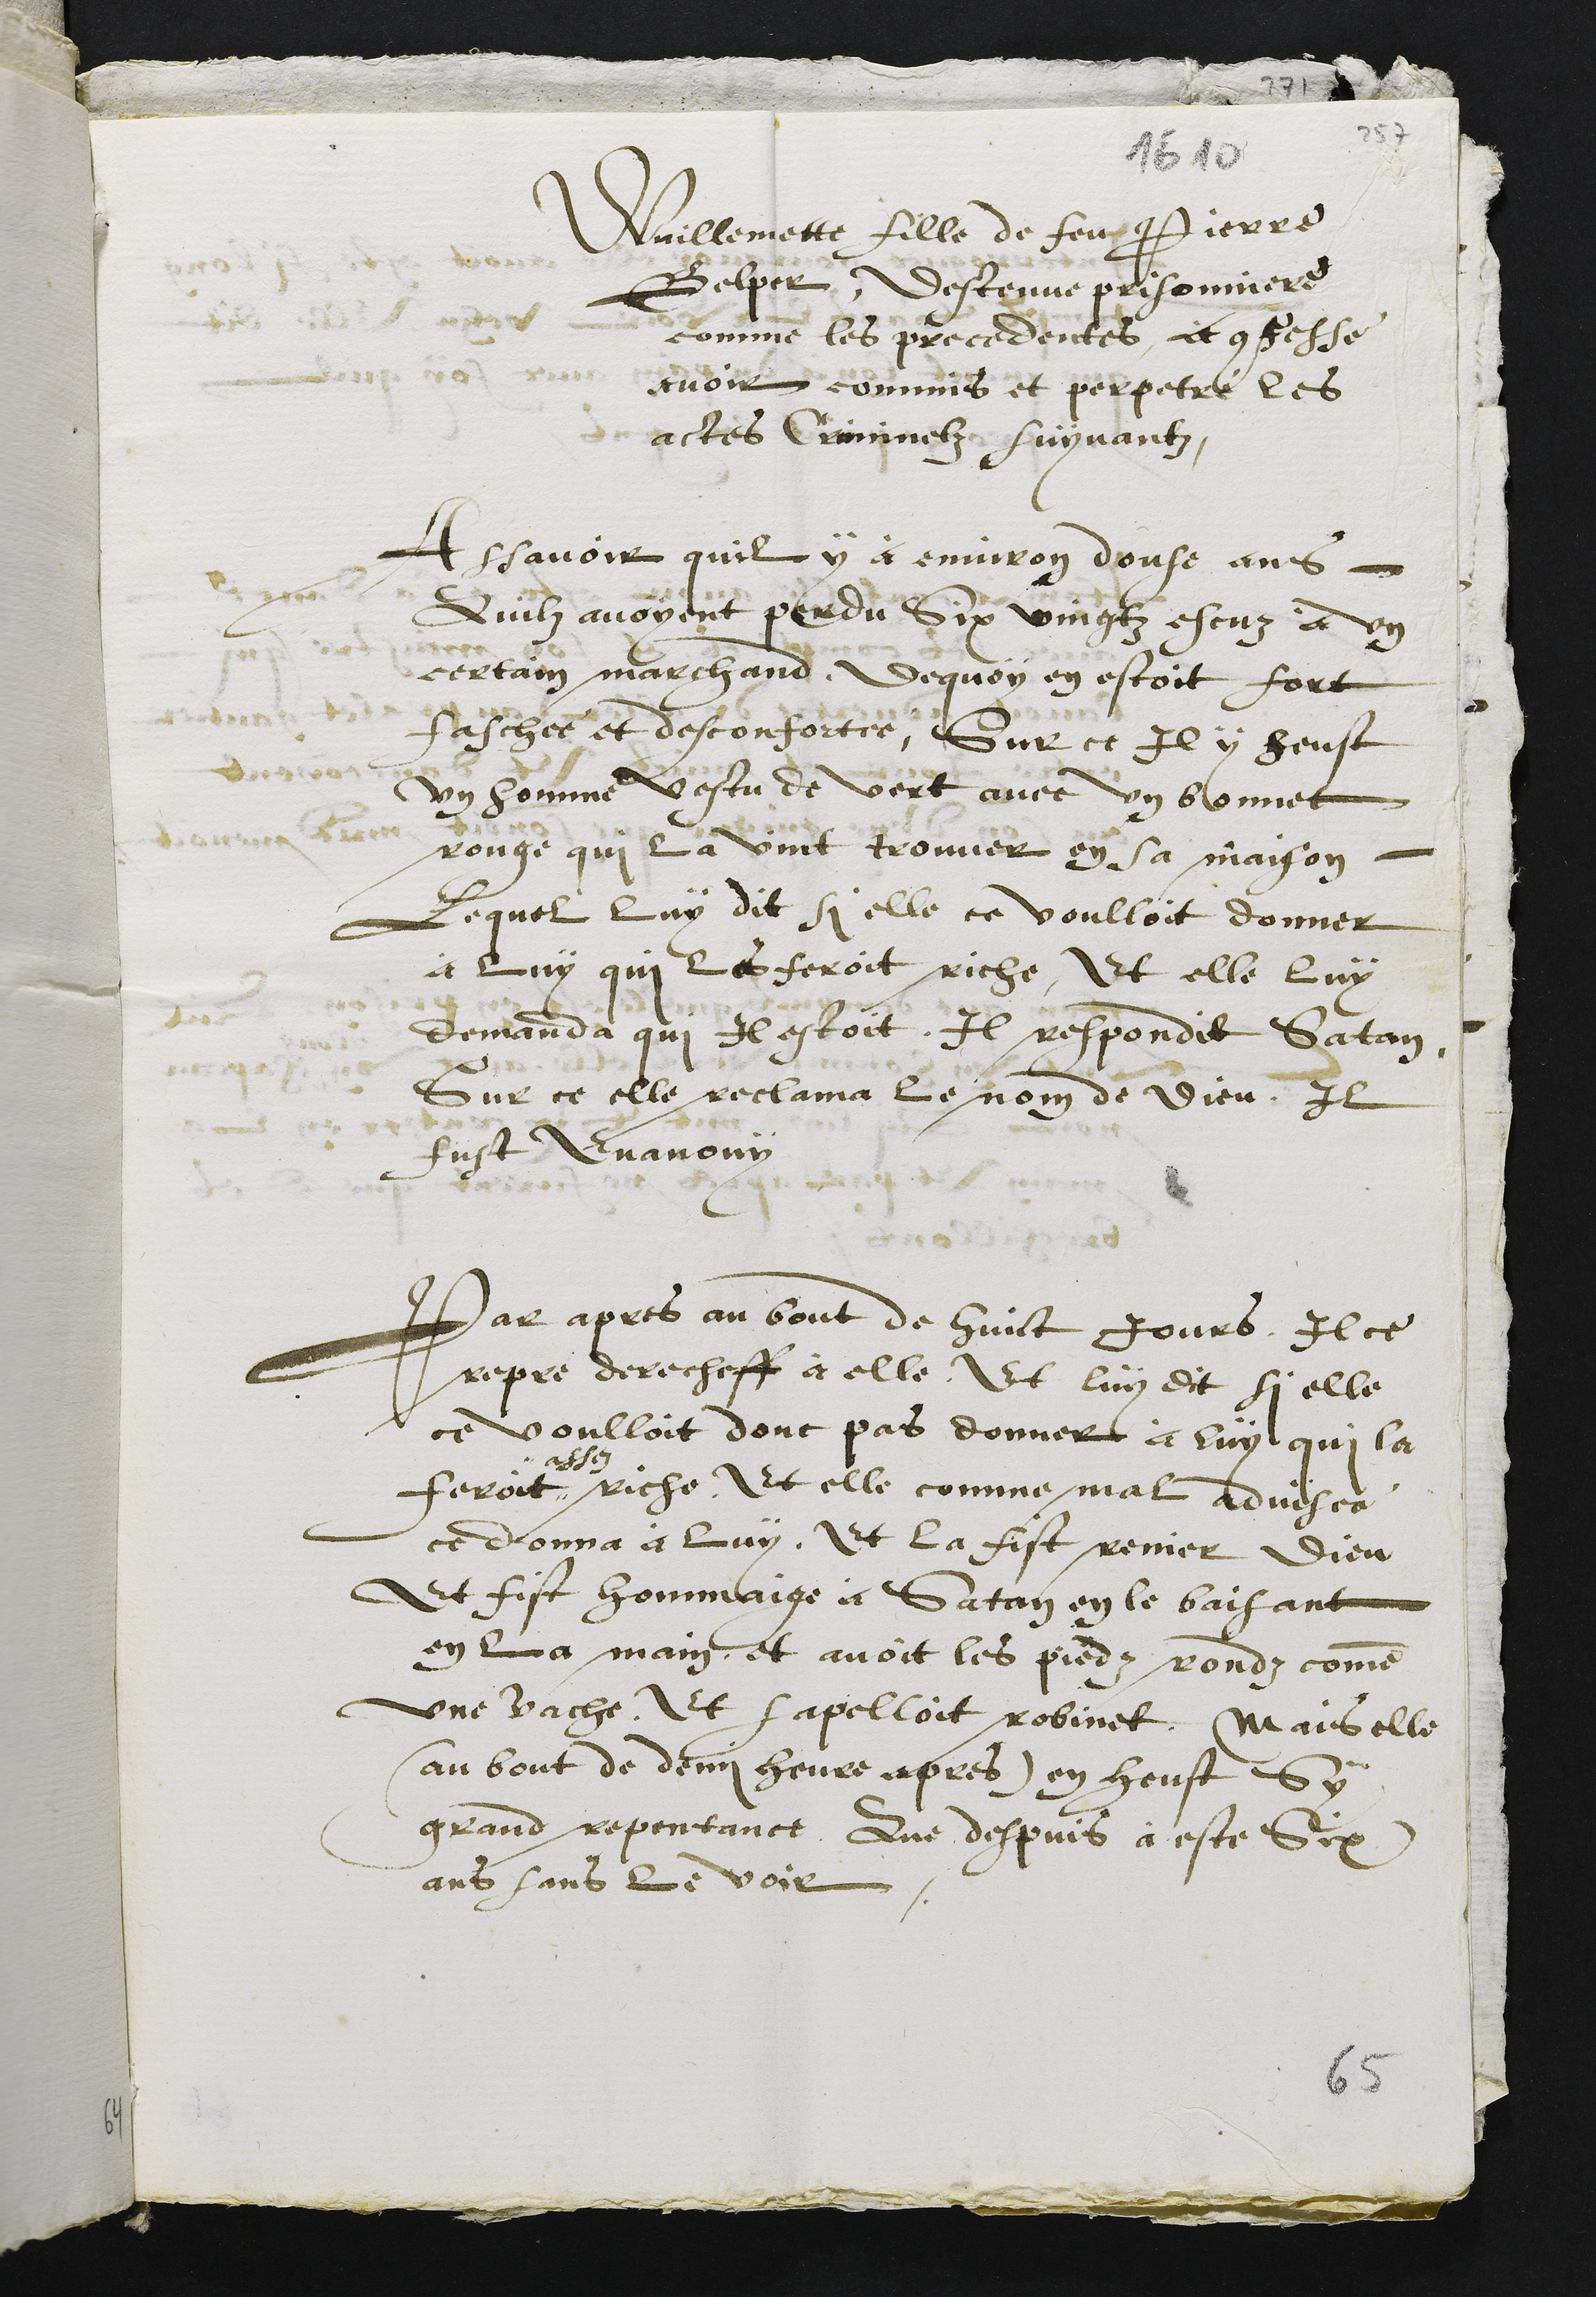
Wuillemette fille de feu Pierre
Belper, destenue prisonniere
comme les precedentes, et confesse
avoir commis et perpetré les
actes Criminelz suyvant.
Assavoir quil y a environ douze ans
Quilz avoyent perdu six vingtz escus à un
certain marchand dequoy en estoit fort
faschée et desconfortée, Sur ce Il y heust
un homme vestu de vert avec un bonnet
rouge qui la vint trouver en sa maison
Lequel luy dit si elle ce voulloit donner
à luy qui les feroit riche, Et elle luy
demanda qui il estoit, Il respondit Satan
Sur ce elle reclama le nom de Dieu, Il
fust evanouy
Par apres au bout de huict jours Il ce
repre derecheff à elle, Et luy dit si elle
ce voulloit donc pas donner à luy, qui la
feroit #
# assez
riche, Et elle comme mal advisee
ce donna à luy. Et la fist renier Dieu
et fist hommaige à Satan en le baisant
en la main et avoit les piedz rondz comme
une vache Et sapelloit robinet, Mais elle
(au bout de demi heure apres) en heust Sy
grand repontance, Que depuis a este Six
ans sans le voir
65